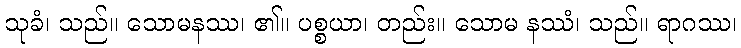
သုခံ၊ သည်။ သောမနဿ၊ ၏။ ပစ္စယာ၊ တည်း။ သောမ နဿံ၊ သည်။ ရာဂဿ၊